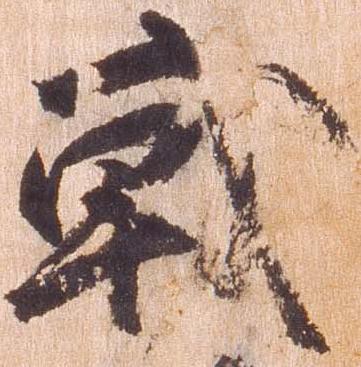
戦